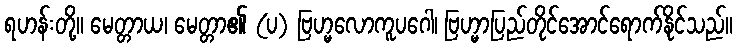
ရဟန်းတို့။ မေတ္တာယ၊ မေတ္တာ၏ (ပ) ဗြဟ္မလောကူပဂေါ၊ ဗြဟ္မာပြည်တိုင်အောင်ရောက်နိုင်သည်။